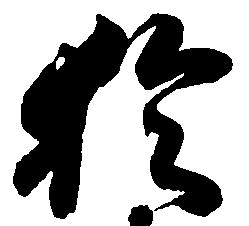
於